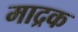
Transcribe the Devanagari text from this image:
माद्रक